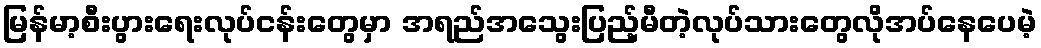
မြန်မာ့စီးပွားရေးလုပ်ငန်းတွေမှာ အရည်အသွေးပြည့်မီတဲ့လုပ်သားတွေလိုအပ်နေပေမဲ့